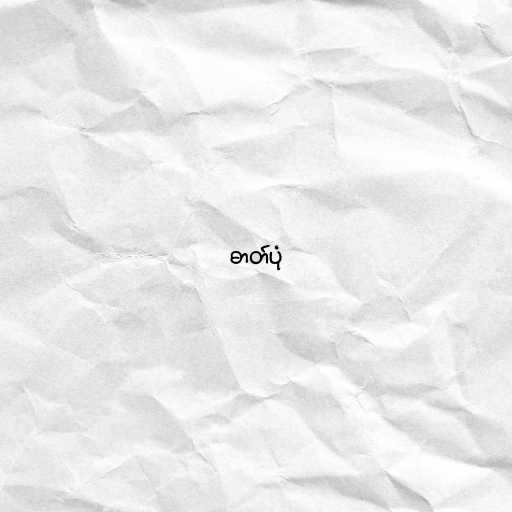
ဓာတ်ပုံ